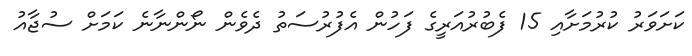
ކަށަވަރު ކުރުމަށާއި 15 ފެބުރުއަރީގެ ފަހުން އެފުރުސަތު ދެވެން ނޯންނާނެ ކަމަށް ސުޖާއު